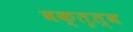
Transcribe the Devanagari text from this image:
वक्‍तृत्‍व